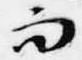
而